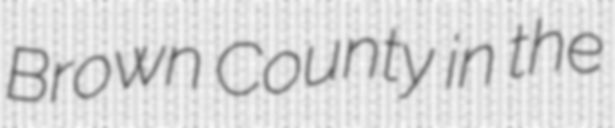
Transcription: Brown County in the